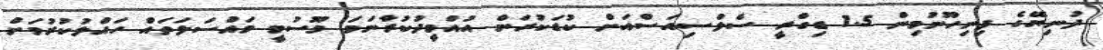
ދުނިޔޭގެ ފިނިހޫނުމިން 1.5 ޑިގްރީ ސެލްސިއަސްއަށް ކުޑަކުރަން އުއްމީދުކުރާނަމަ މޫސުމީ މައްސަލަތައް ހައްލުކުރުމަށް